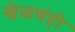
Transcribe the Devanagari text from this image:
खेळणंही